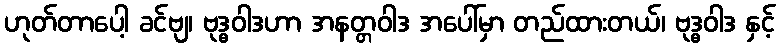
ဟုတ်တာပေါ့ ခင်ဗျ၊ ဗုဒ္ဓဝါဒဟာ အနတ္တဝါဒ အပေါ်မှာ တည်ထားတယ်၊ ဗုဒ္ဓဝါဒ နှင့်